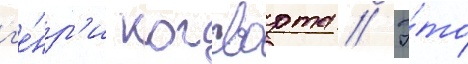
г'е́нр'и когсворта // Э́то